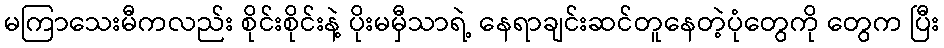
မကြာသေးမီကလည်း စိုင်းစိုင်းနဲ့ ပိုးမမှီသာရဲ့ နေရာချင်းဆင်တူနေတဲ့ပုံတွေကို တွေက ပြီး